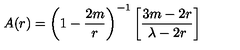
A ( r ) = \left( 1 - \frac { 2 m } { r } \right) ^ { - 1 } \left[ \frac { 3 m - 2 r } { \lambda - 2 r } \right]